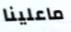
ماعلينا